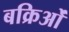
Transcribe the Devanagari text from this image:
बक्रिओं